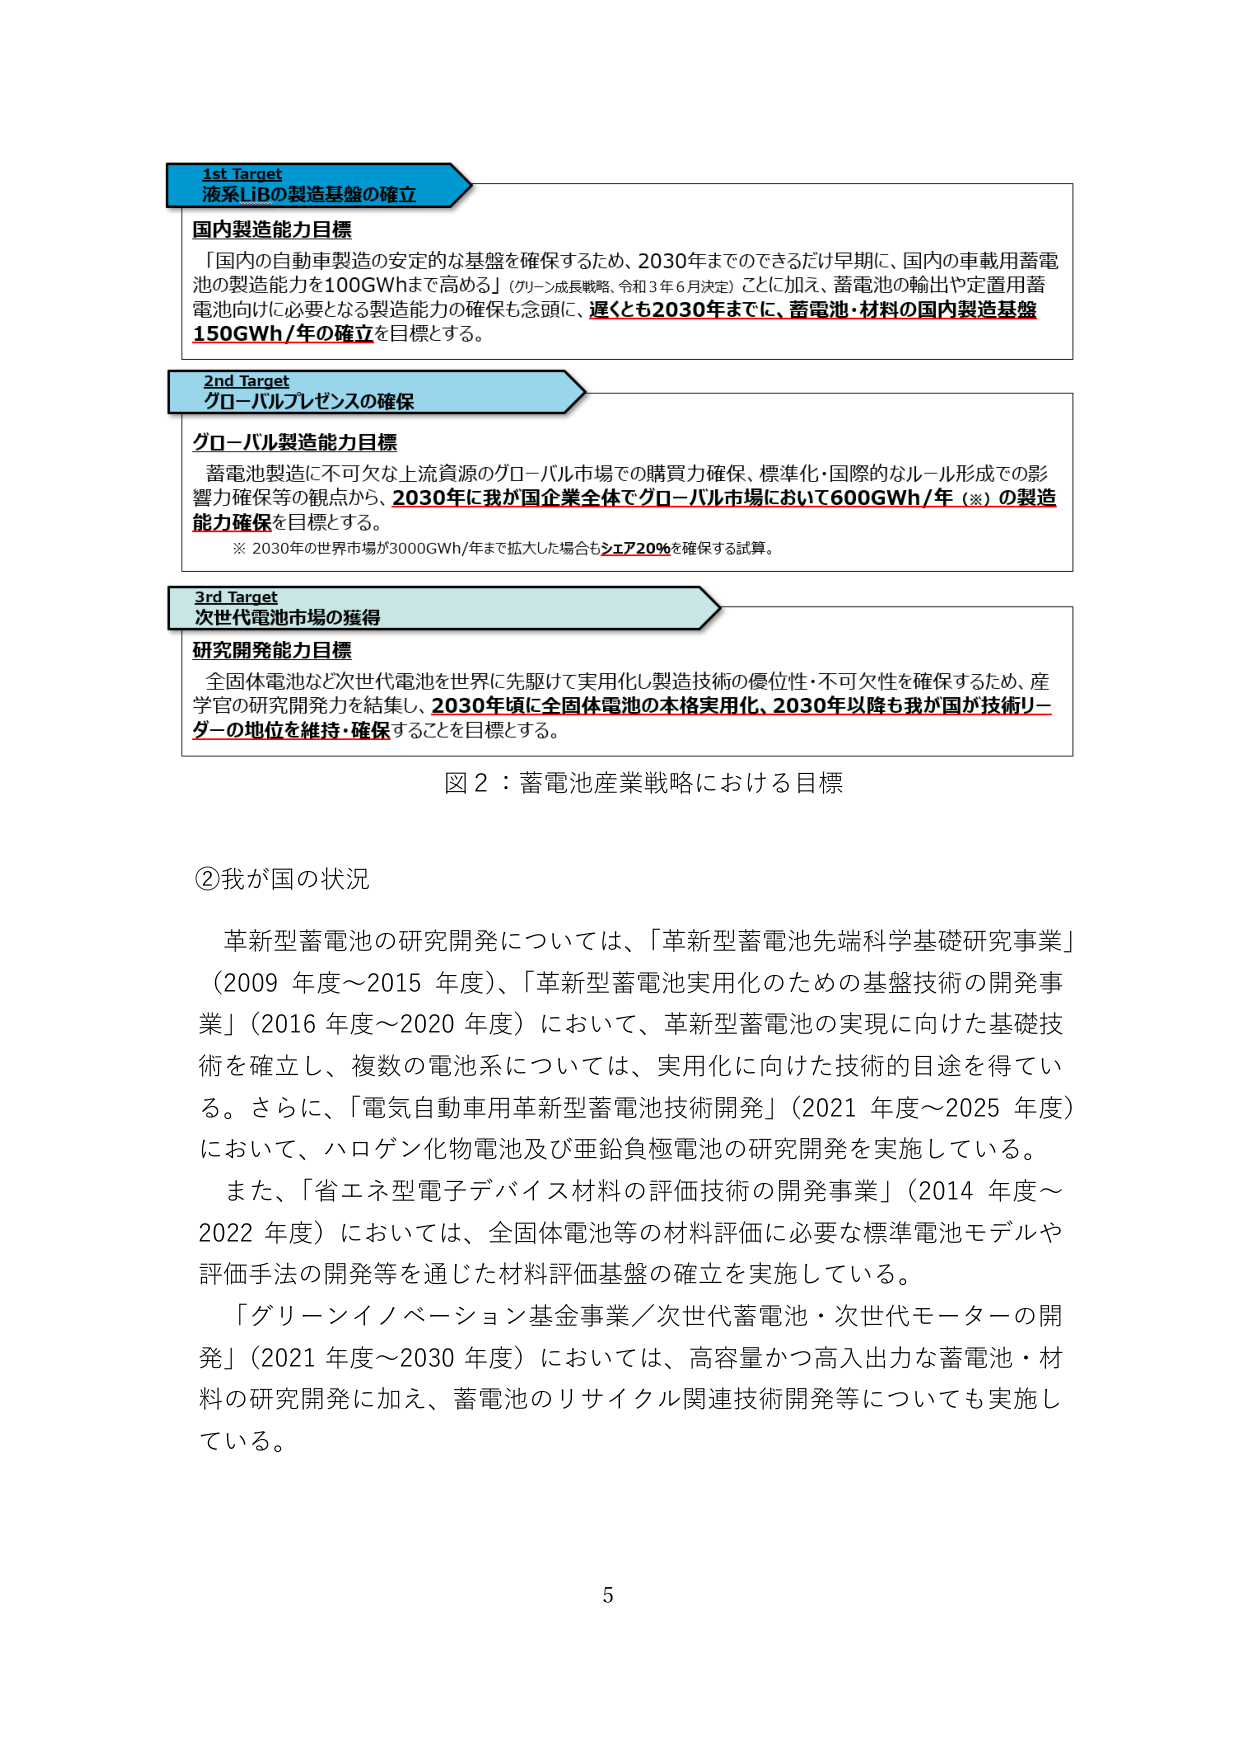
1st Target
液系LIBの製造基盤の確立

国内製造能力目標
「国内の自動車製造の安定的な基盤を確保するため、2030年までにできるだけ早期に、国内の車載用蓄電池の製造能力を100GWhまで高める」（グリーン成長戦略、令和3年6月決定）ことに加え、蓄電池の輸出や定置用蓄電池向けに必要となる製造能力の確保も念頭に、遅くとも2030年までに、蓄電池・材料の国内製造基盤150GWh/年の確立を目標とする。

2nd Target
グローバルプレゼンスの確保

グローバル製造能力目標
蓄電池製造に不可欠な上流資源のグローバル市場での購買力確保、標準化・国際的なルール形成での影響力確保等の観点から、2030年に我が国企業全体でグローバル市場において600GWh/年（※）の製造能力確保を目標とする。
※ 2030年の世界市場が3000GWh/年まで拡大した場合もシェア20％を確保する試算。

3rd Target
次世代電池市場の獲得

研究開発能力目標
全固体電池など次世代電池を世界に先駆けて実用化し製造技術の優位性・不可欠性を確保するため、産学官の研究開発を結集し、2030年頃に全固体電池の本格実用化、2030年以降も我が国が技術リーダーの地位を維持・確保することを目標とする。

図2：蓄電池産業戦略における目標

②我が国の状況
革新型蓄電池の研究開発については、「革新型蓄電池先端科学基礎研究事業」（2009年度～2015年度）、「革新型蓄電池実用化のための基盤技術の開発事業」（2016年度～2020年度）において、革新型蓄電池の実現に向けた基礎技術を確立し、複数の電池系については、実用化に向けた技術的目途を得ている。さらに、「電気自動車用革新型蓄電池技術開発」（2021年度～2025年度）において、ハロゲン化物電池及び亜鉛負極電池の研究開発を実施している。
また、「省エネ型電子デバイス材料の評価技術の開発事業」（2014年度～2022年度）においては、全固体電池等の材料評価に必要な標準電池モデルや評価手法の開発等を通じた材料評価基盤の確立を実施している。
「グリーンイノベーション基金事業／次世代蓄電池・次世代モーターの開発」（2021年度～2030年度）においては、高容量かつ高入出力な蓄電池・材料の研究開発に加え、蓄電池のリサイクル関連技術開発等についても実施している。

5